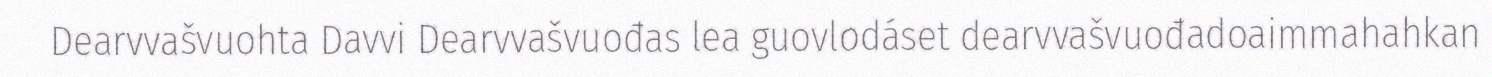
Dearvvašvuohta Davvi Dearvvašvuođas lea guovlodáset dearvvašvuođadoaimmahahkan